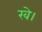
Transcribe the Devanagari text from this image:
खे।